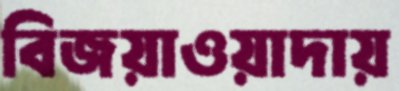
বিজয়াওয়াদায়